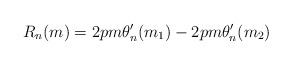
\begin{align*}R_n(m)&=2pm\theta_n'(m_1)-2pm\theta_n'(m_2)\end{align*}